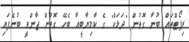
ރިޕޯޓްތައް ބުނާ ގޮތުން "ދަޅަކް" ގެ ކާމިޔާބީއާ ބެހޭ ގޮތުން ޖާންވީ ބުނެފައި